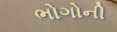
ભોગોની